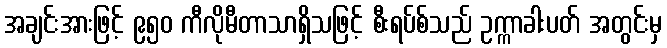
အချင်းအားဖြင့် ၉၅၀ ကီလိုမီတာသာရှိသဖြင့် စီးရပ်စ်သည် ဥက္ကာခါးပတ် အတွင်းမှ